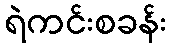
ရဲကင်းစခန်း